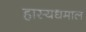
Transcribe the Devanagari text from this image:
हास्यधमाल